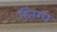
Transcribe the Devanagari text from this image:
स्तिग्ध